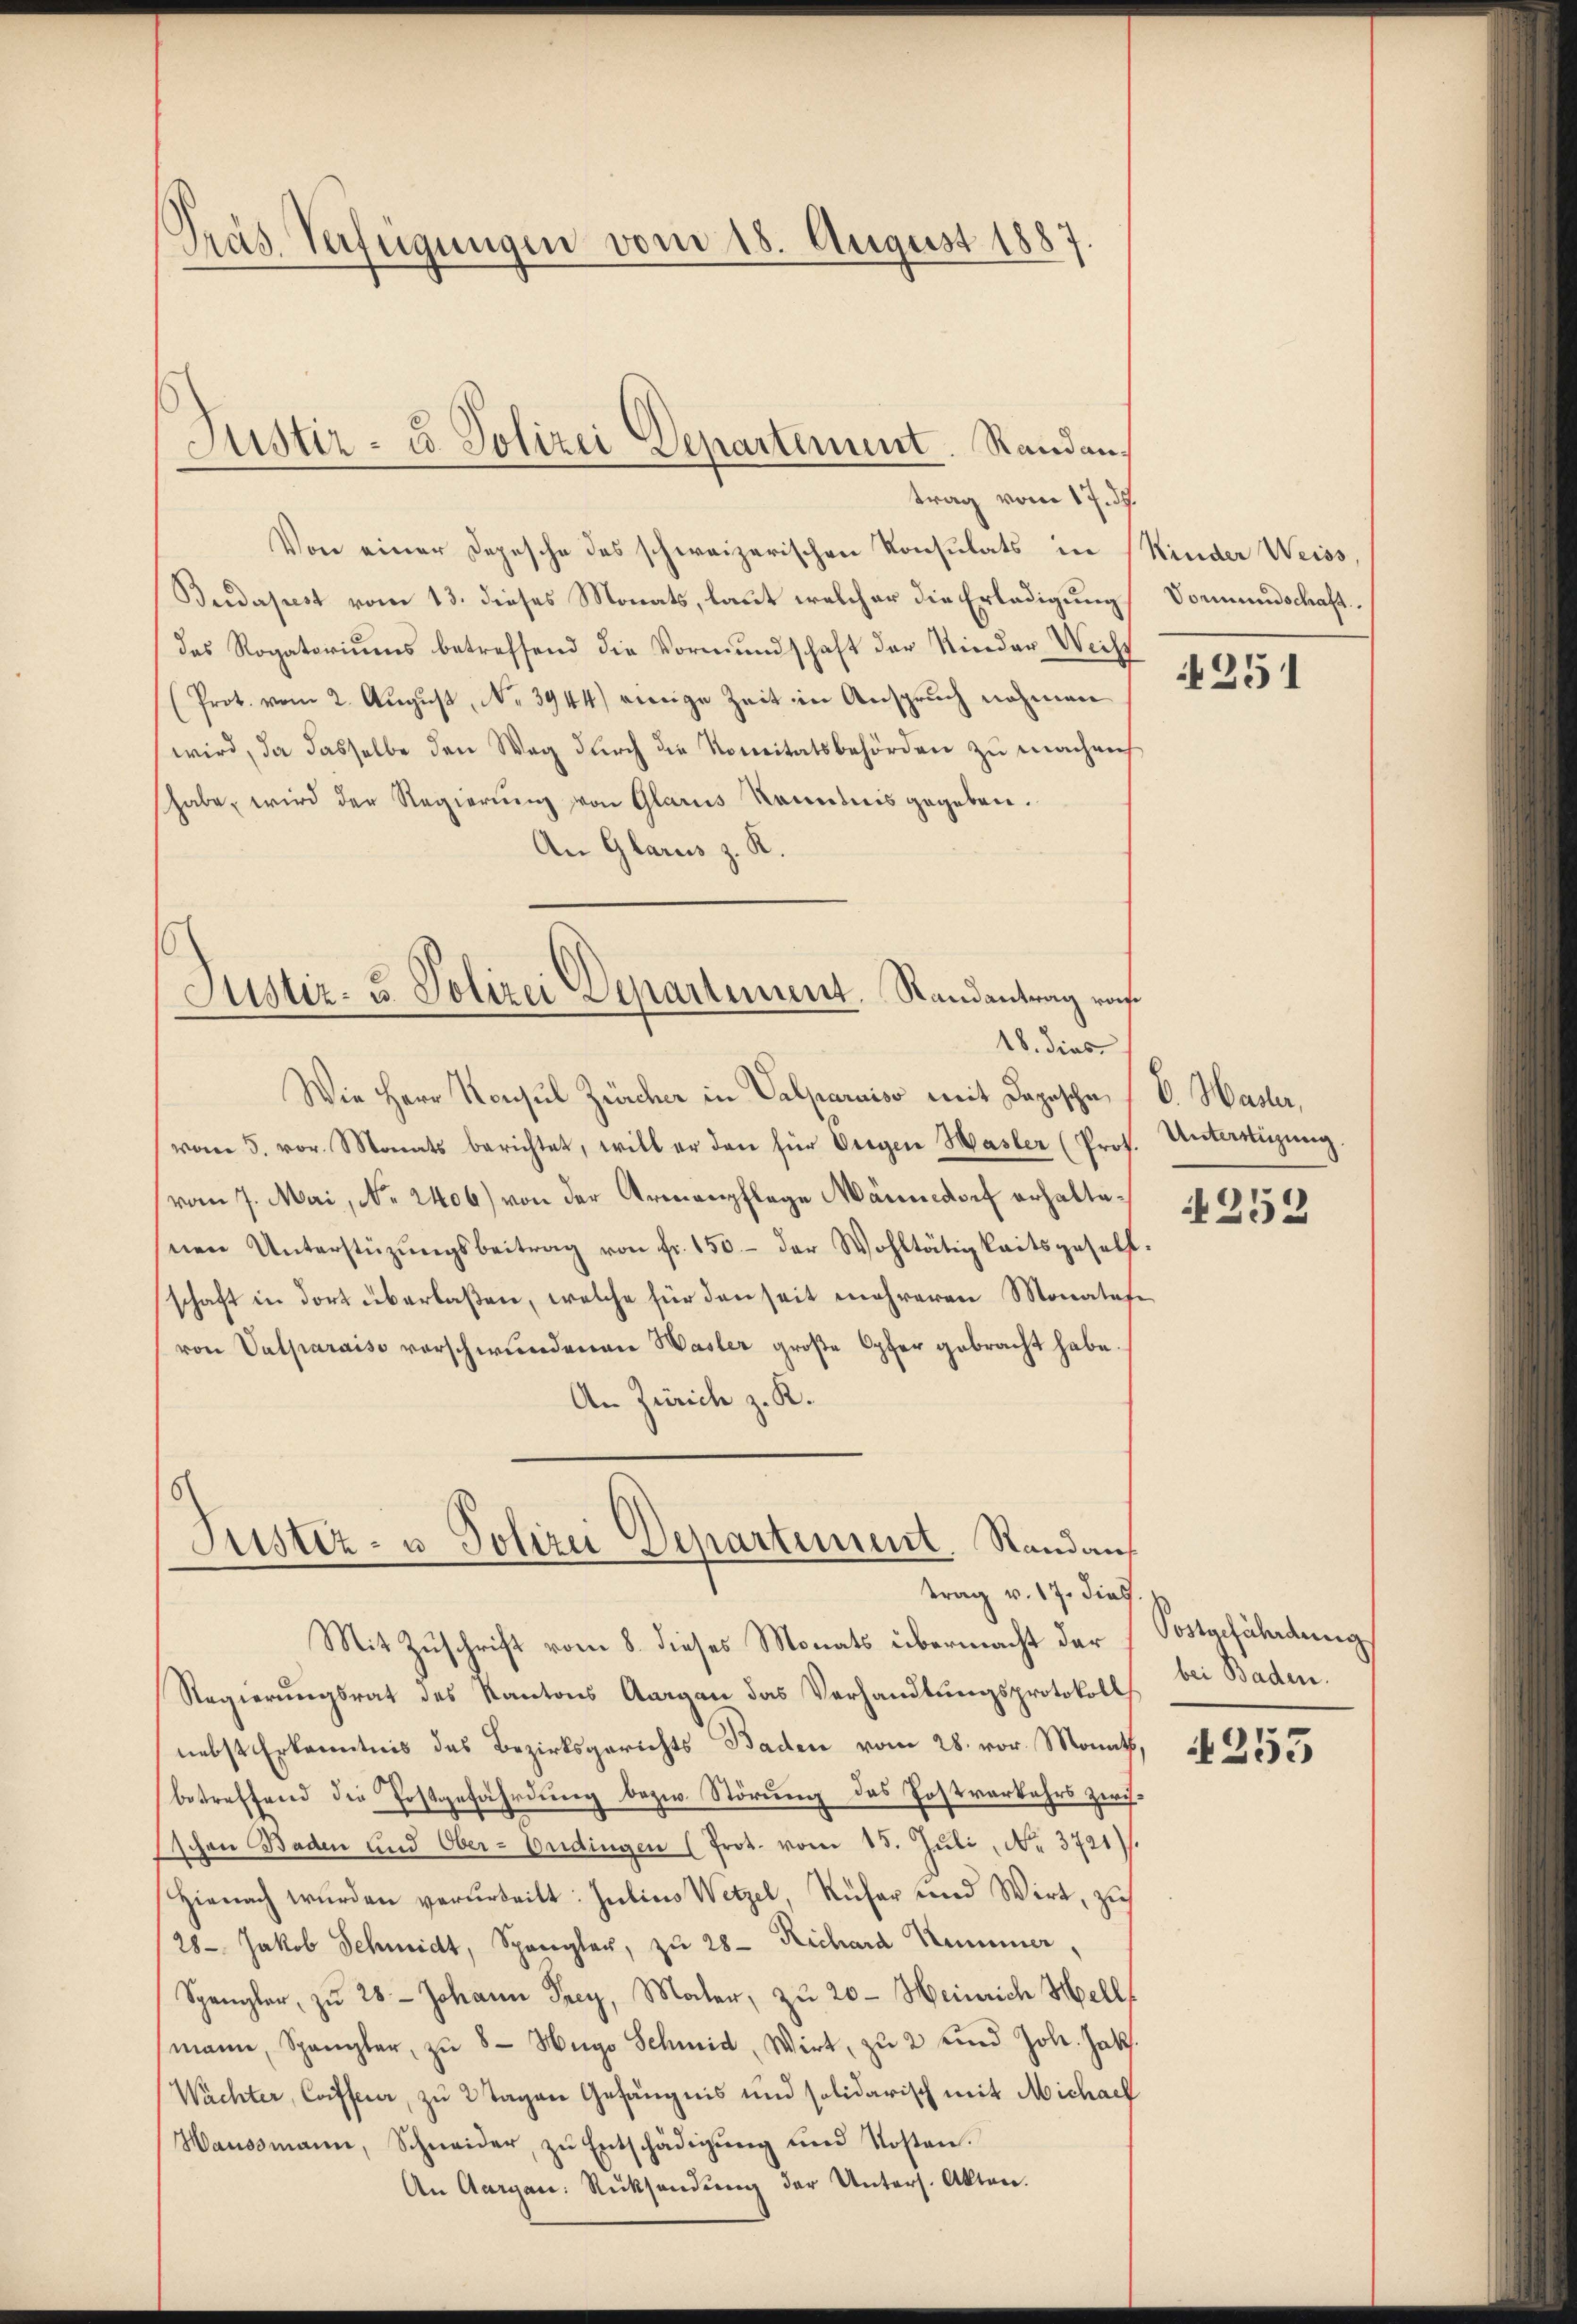
Präs. Verfügungen vom 18. August 1887.

Justiz- u. Polizei Departement. Randan¬

trag vom 17. d.
Von einer Depesche des schweizerischen Konsulats in Kinder Weiss,
Budapest vom 13. dieses Monats, laut welcher die Erlaedigung
das Rogatoriums betreffend die Vormundschaft der Kinder Weis
(Prot. vom 2. Aŭgŭst No 3944) einige Zeit in Anspruch nahmen
wird, da dasselbe den Weg dŭrch die Konitätsbehörden zŭ machen
habe, wird der Regierung von Glarus Kenntnis gegeben.
An Glarus z. R.

Justiz- & Polizei Departement. Randantrag vo
18. dies

Wie Herr Konsul Zürcher in Valparaiso mit Depesche (v. Hasler,
vom 5. vor. Monats berichtet, will er den für Vergen Hasler (Prof. Unterstüzung
vom 7. Mai, No. 2406) von der Armenpflege Männedorf erhaltenen Unterstützŭngsbeitrag von fr. 150.- der Wohltätigkeitsgesell-
schaft in dort überlaßen, welche für den seit mehreren Monatafe
von Valparaiso verschwundenen Wasler große Opfer gebracht habe.
An Zürich z. R.

Justiz- u Polizei Departement, Stand aus
trag v. 17. dies

Mit Zuschrift vom 8. dieses Monats übermacht der
Regierungsrat des Kantons Aargau das Verhandlungsprotokoll
nebst Erkenntnis des Bezirksgerichts Baden vom 28. vor. Monath,
betreffend die Postgefährdung bezw. Störung des Postverkehrs zwisschon Baden und Ober-Endingen (Prot. vom 15. Jŭli, Nr. 3721).
Hienach wurden verurteilt. Julius Wetzel, Rufer und Wirt, zu
28. Jakob Schmidt, Spangler, zu 28 Richard Kümmer,
Spengler, zu 28. Johann Frey, Maler, zu 20 - Heinrich Hell
mann, Spangler, zŭ 8- Hugo Schmid, Wirt, zu 2 und Joh. Jak.
Wächter, Coifferer, zu 2 Tagen Gefängnis und solidarisch mit Michaef
Haussmann, Schneider, zu Entschädigung und Kosten.
An Aargau. Rücksendung der Unters. Akten.

e

Vormundschaft.

251

252

Postgefährdung
bei Baden.

4253